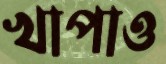
খাপাও